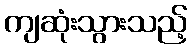
ကျဆုံးသွားသည့်